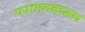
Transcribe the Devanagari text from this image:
पराभवकरून